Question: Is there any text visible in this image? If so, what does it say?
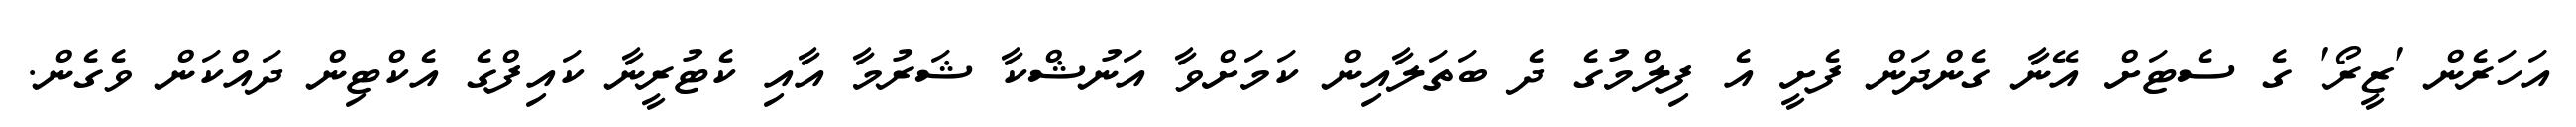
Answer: އަހަރެން 'ޒީރޯ' ގެ ސެޓަށް އޭނާ ގެންދަން ފެށީ އެ ފިލްމުގެ ދެ ބަތަލާއިން ކަމަށްވާ އަނުޝްކާ ޝަރުމާ އާއި ކެޓުރީނާ ކައިފްގެ އެކްޓިން ދައްކަން ވެގެން.